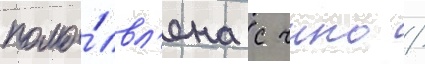
помо́лвл'ена с чино /